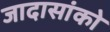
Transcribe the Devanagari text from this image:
जादासांको